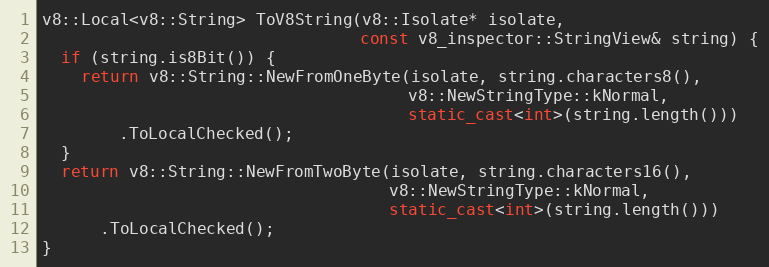
Language: C++
v8::Local<v8::String> ToV8String(v8::Isolate* isolate,
                                 const v8_inspector::StringView& string) {
  if (string.is8Bit()) {
    return v8::String::NewFromOneByte(isolate, string.characters8(),
                                      v8::NewStringType::kNormal,
                                      static_cast<int>(string.length()))
        .ToLocalChecked();
  }
  return v8::String::NewFromTwoByte(isolate, string.characters16(),
                                    v8::NewStringType::kNormal,
                                    static_cast<int>(string.length()))
      .ToLocalChecked();
}